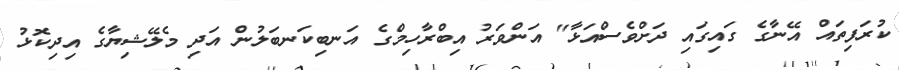
ކުރަފިތައް އޭނާގެ ގައިގައި ދަށްވެސްއަޅާ" އަންވަރު އިބްރާހިމްގެ އަނބިކަނބަލުން އަދި މެލޭޝިޔާގެ އިދިކޮޅު